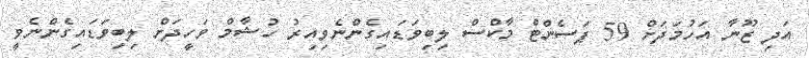
އަދި ޒޫނާ އަހުމަދަށް 59 ޕަސެންޓް މާކްސް ލިބިވަޑައިގެންނެވިއިރު ހުޝާމް ވަހީދަށް ލިބިވަޑައިގެންނެވީ